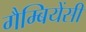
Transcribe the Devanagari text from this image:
गैम्बियेंसी